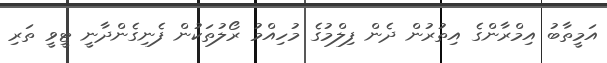
އަމީތާބު އިމްރާންގެ އިތުރުން ދެން ފިލްމުގެ މުހިއްމު ރޯލުތަކުން ފެނިގެންދާނީ ޓީވީ ތަރި